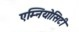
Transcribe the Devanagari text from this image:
एम्नियोसिटी